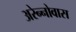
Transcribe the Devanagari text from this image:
अरेन्नोवास